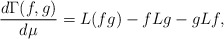
\begin{align*}\frac{d\Gamma(f,g)}{d\mu}=L(fg)-fLg-gLf, \end{align*}